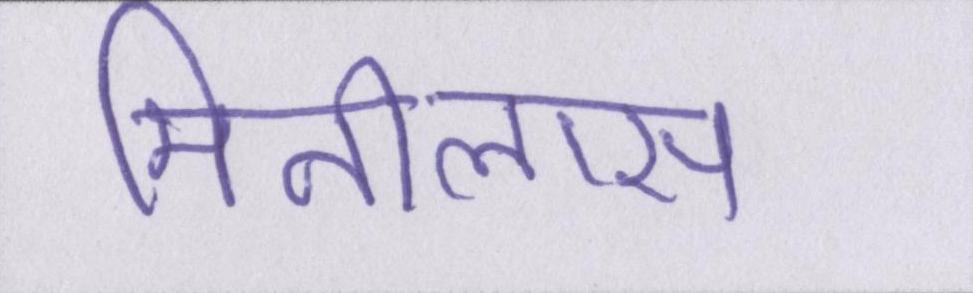
मिनीलास